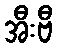
အီးဗီ